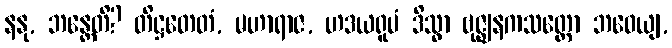
နနု, ဘန္တေတိ? တိဋ္ဌတေတံ, မဟာရာဇ, ဟဒယရူပံ ဒိသွာ ဗုဇ္ဈနကသတ္တော ဘဝေယျ,